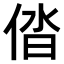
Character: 𠉤